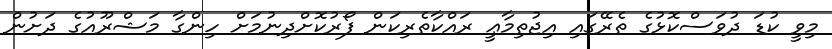
މިވީ ކުޑަ ދުވަސްކޮޅުގެ ތެރޭގައި އިޖުތިމާޢީ ރައްކާތެރިކަން ފޯރުކޮށްދިނުމަށް ހިންގާ މަޝްރޫއުގެ ދަށުން